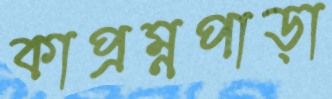
কাপ্রম্নপাড়া